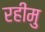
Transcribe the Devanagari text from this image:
रहीमु